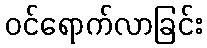
ဝင်ရောက်လာခြင်း